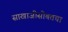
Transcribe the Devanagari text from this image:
साखाजीसोबतचा